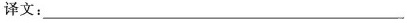
”译文:___